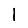
Digit: 1